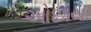
ઓછાયા